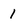
Character: 1